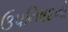
ઉપનિષદનો